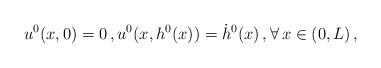
LaTeX: \begin{align*}u^0(x,0) = 0\,, u^0(x,h^0(x)) = \dot{h}^0(x) \,, \forall \, x \in (0, L)\,,\end{align*}